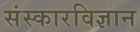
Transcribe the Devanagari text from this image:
संस्कारविज्ञान